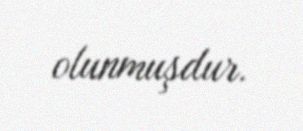
olunmuşdur.